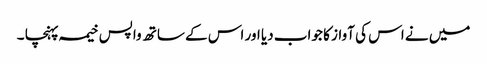
میں نے اس کی آواز کا جواب دیا اور اس کے ساتھ واپس خیمہ پہنچا ۔